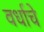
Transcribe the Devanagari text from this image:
वर्धाचे